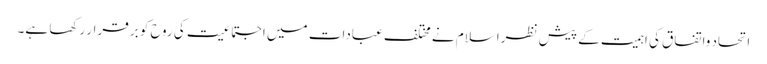
اتحاد واتفاق کی اہمیت کے پیش نظراسلام نے مختلف عبادات میں اجتماعیت کی روح کو بر قرار رکھا ہے۔